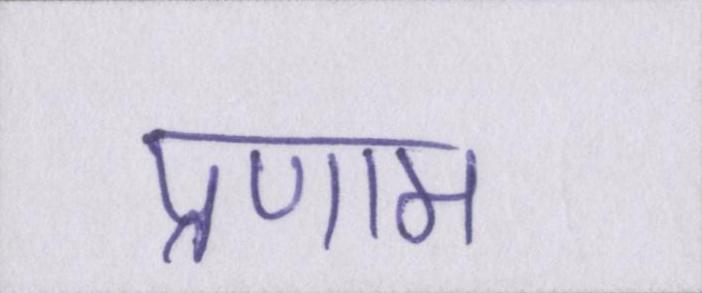
प्रणाम